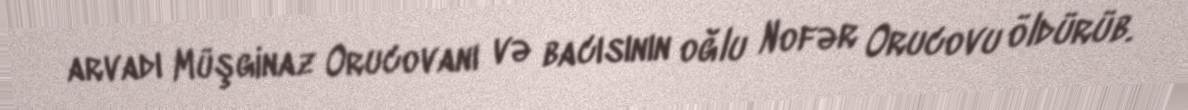
arvadı Müşginaz Orucovanı və bacısının oğlu Nofər Orucovu öldürüb.